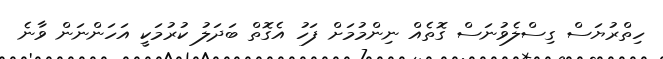
ހިތްރުޔަސް ގިސްލެވުނަސް ގޮތެއް ނިންމުމަށް ފަހު އެގޮތް ބަދަލު ކުރުމަކީ އަހަންނަން ވާނެ